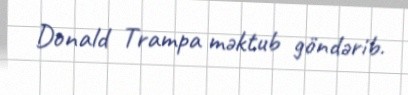
Donald Trampa məktub göndərib.